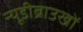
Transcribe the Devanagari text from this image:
न्यूडीब्राउखों